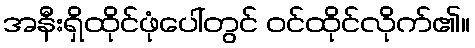
အနီးရှိထိုင်ဖုံပေါ်တွင် ဝင်ထိုင်လိုက်၏။